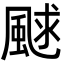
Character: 𩗕